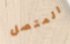
المتصل